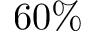
6 0 \%